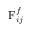
\mathrm { F } _ { i j } ^ { f }